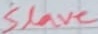
Text: Slave